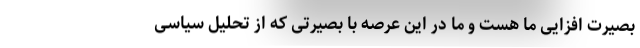
بصیرت افزایی ما هست و ما در این عرصه با بصیرتی که از تحلیل سیاسی